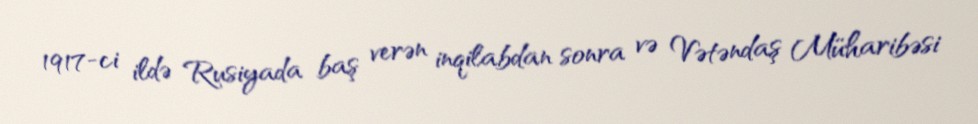
1917-ci ildə Rusiyada baş verən inqilabdan sonra və Vətəndaş Müharibəsi